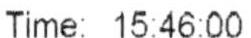
TIME: 15:46:00